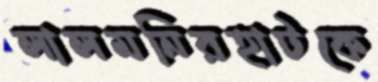
লালমনিরহাটকে